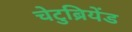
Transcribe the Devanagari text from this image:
चेटुब्रियेंड